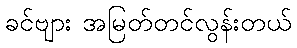
ခင်ဗျား အမြတ်တင်လွန်းတယ်